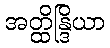
အတ္ထိန္ဒြိယာ